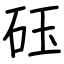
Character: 砡